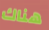
هناك